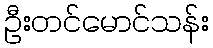
ဦးတင်မောင်သန်း